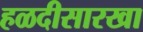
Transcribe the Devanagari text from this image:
हळदीसारखा